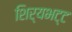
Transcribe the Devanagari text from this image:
शिर्यभट्ट